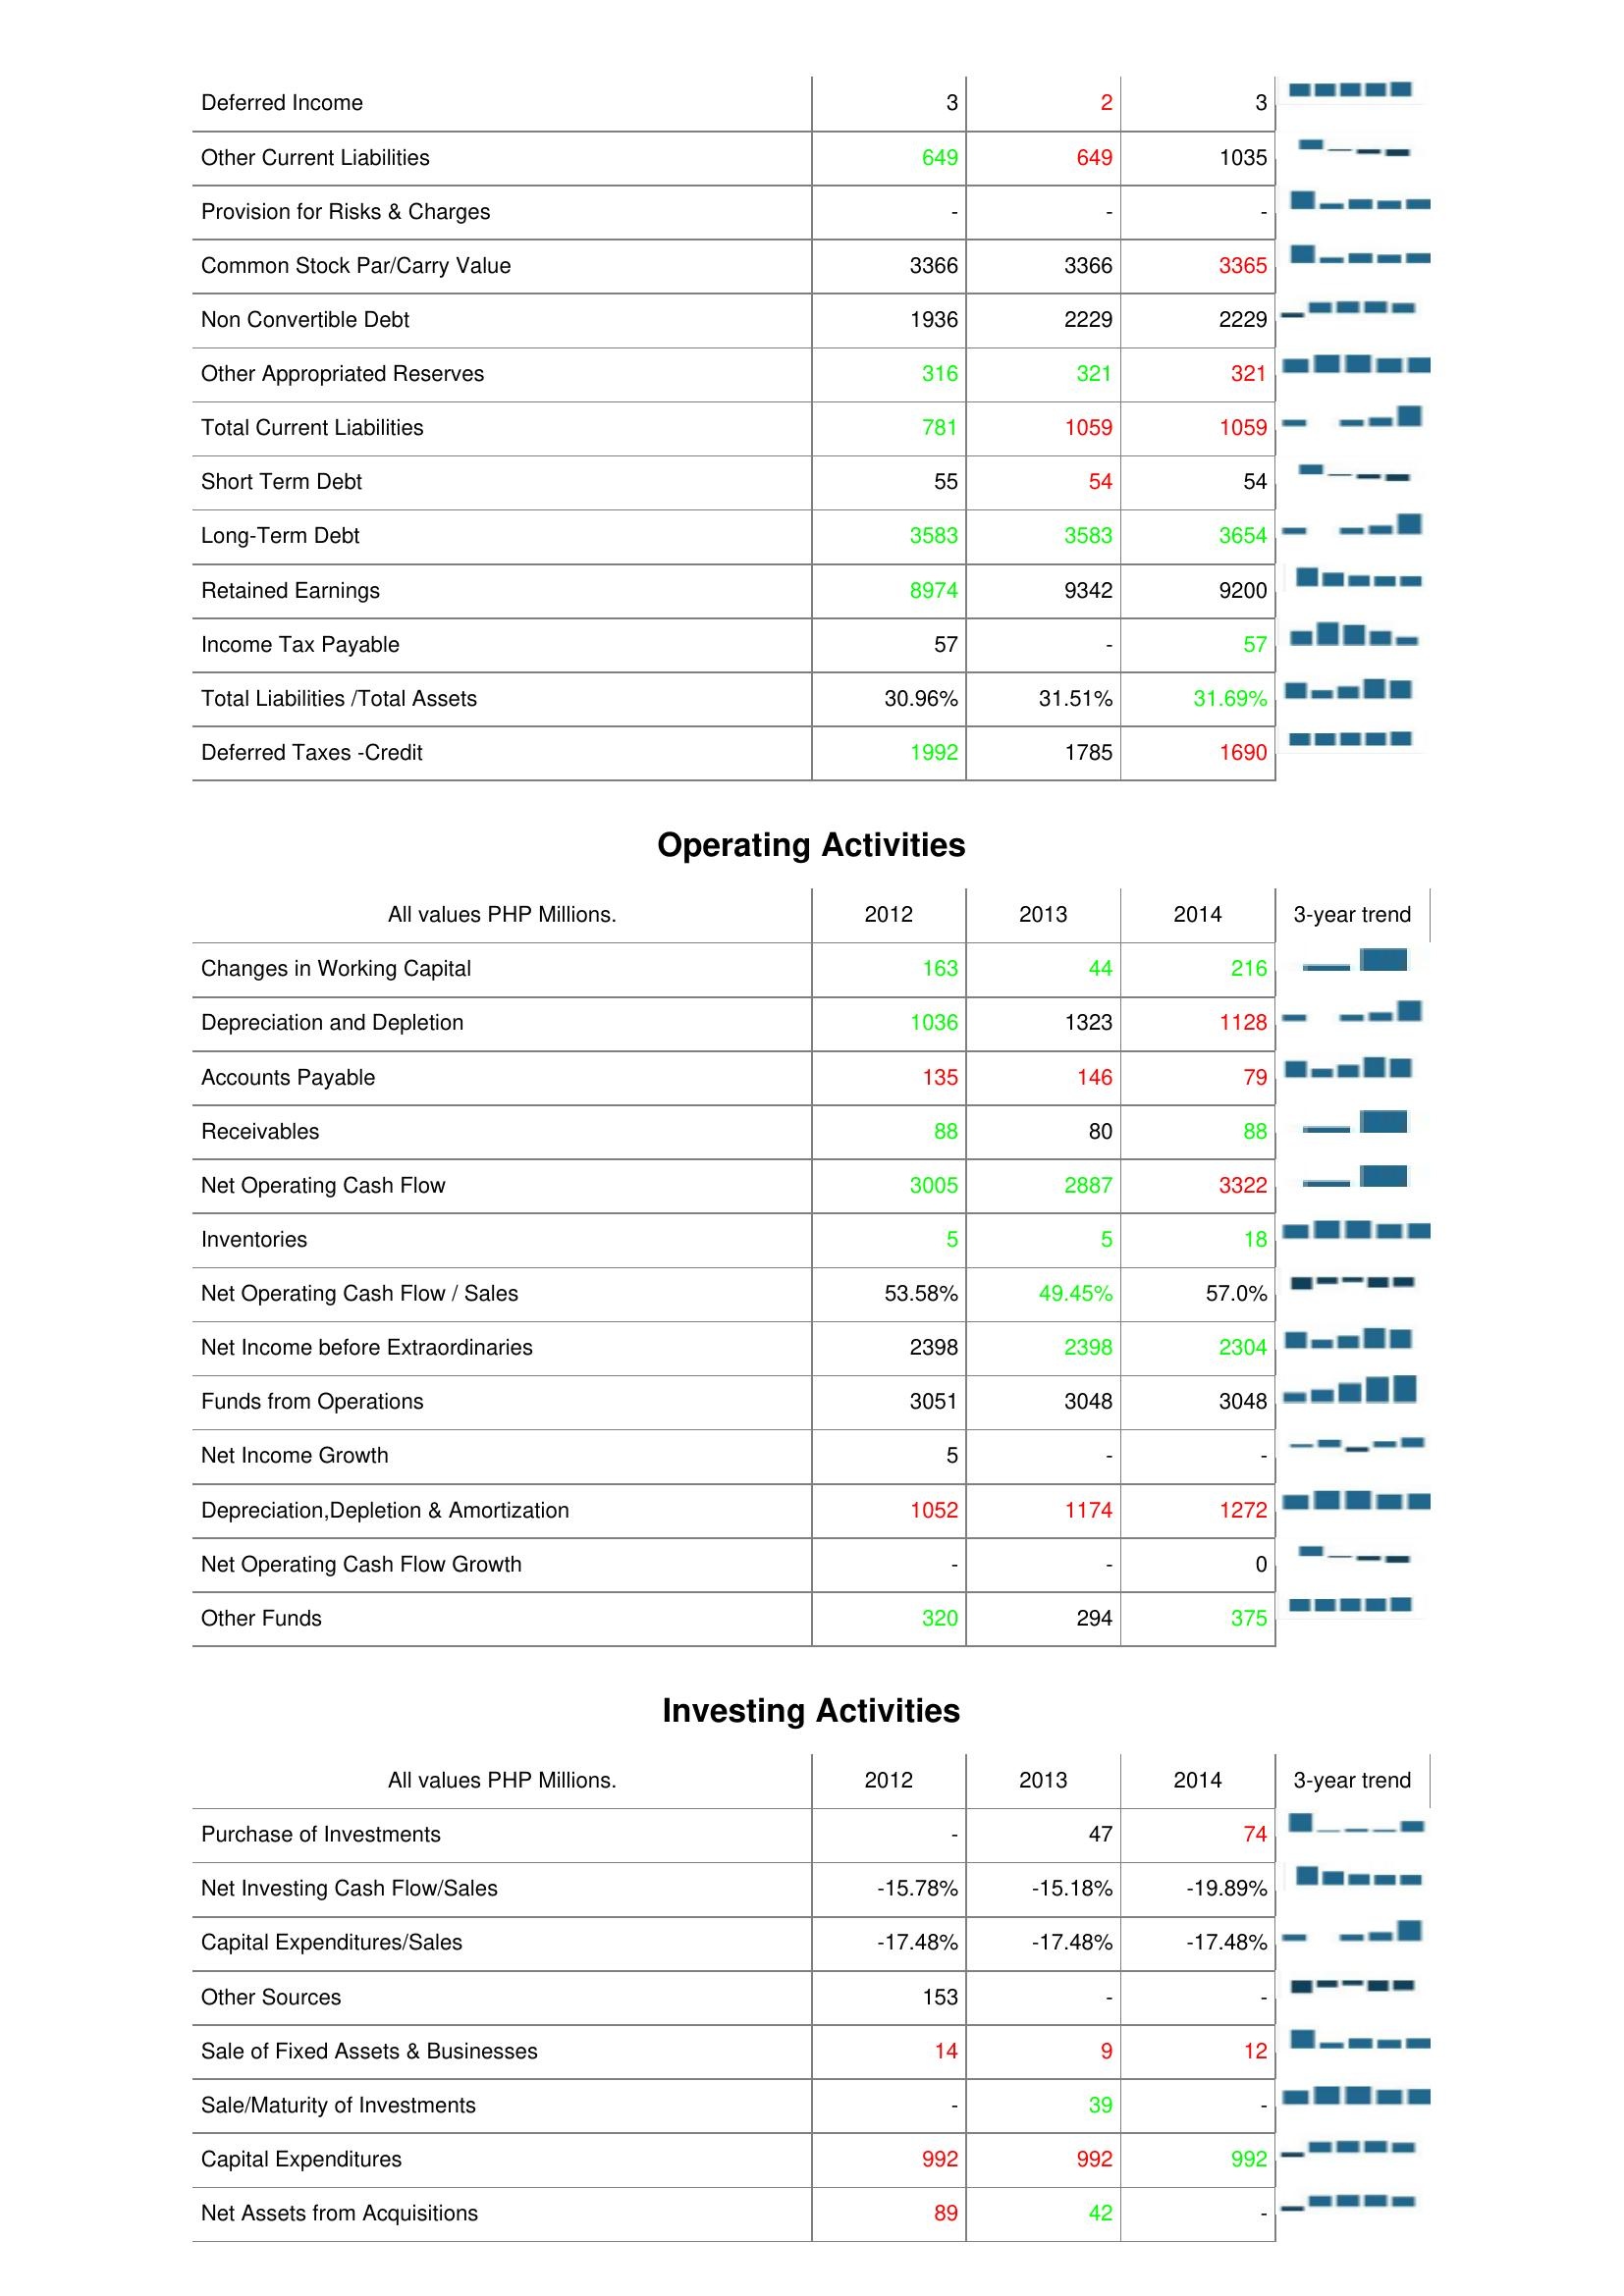
2012: Liabilities & Shareholder's Equity: Deferred Income: 3
Other Current Liabilities: 649
Provision for Risks & Charges: -
Common Stock Par/Carry Value: 3366
Non Convertible Debt: 1936
Other Appropriated Reserves: 316
Total Current Liabilities: 781
Short Term Debt: 55
Long-Term Debt: 3583
Retained Earnings: 8974
Income Tax Payable: 57
Total Liabilities /Total Assets: 30.96%
Deferred Taxes -Credit: 1992
Operating Activities: Changes in Working Capital: 163
Depreciation and Depletion: 1036
Accounts Payable: 135
Receivables: 88
Net Operating Cash Flow: 3005
Inventories: 5
Net Operating Cash Flow / Sales: 53.58%
Net Income before Extraordinaries: 2398
Funds from Operations: 3051
Net Income Growth: 5
Depreciation,Depletion & Amortization: 1052
Net Operating Cash Flow Growth: -
Other Funds: 320
Investing Activities: Purchase of Investments: -
Net Investing Cash Flow/Sales: -15.78%
Capital Expenditures/Sales: -17.48%
Other Sources: 153
Sale of Fixed Assets & Businesses: 14
Sale/Maturity of Investments: -
Capital Expenditures: 992
Net Assets from Acquisitions: 89
2013: Liabilities & Shareholder's Equity: Deferred Income: 2
Other Current Liabilities: 649
Provision for Risks & Charges: -
Common Stock Par/Carry Value: 3366
Non Convertible Debt: 2229
Other Appropriated Reserves: 321
Total Current Liabilities: 1059
Short Term Debt: 54
Long-Term Debt: 3583
Retained Earnings: 9342
Income Tax Payable: -
Total Liabilities /Total Assets: 31.51%
Deferred Taxes -Credit: 1785
Operating Activities: Changes in Working Capital: 44
Depreciation and Depletion: 1323
Accounts Payable: 146
Receivables: 80
Net Operating Cash Flow: 2887
Inventories: 5
Net Operating Cash Flow / Sales: 49.45%
Net Income before Extraordinaries: 2398
Funds from Operations: 3048
Net Income Growth: -
Depreciation,Depletion & Amortization: 1174
Net Operating Cash Flow Growth: -
Other Funds: 294
Investing Activities: Purchase of Investments: 47
Net Investing Cash Flow/Sales: -15.18%
Capital Expenditures/Sales: -17.48%
Other Sources: -
Sale of Fixed Assets & Businesses: 9
Sale/Maturity of Investments: 39
Capital Expenditures: 992
Net Assets from Acquisitions: 42
2014: Liabilities & Shareholder's Equity: Deferred Income: 3
Other Current Liabilities: 1035
Provision for Risks & Charges: -
Common Stock Par/Carry Value: 3365
Non Convertible Debt: 2229
Other Appropriated Reserves: 321
Total Current Liabilities: 1059
Short Term Debt: 54
Long-Term Debt: 3654
Retained Earnings: 9200
Income Tax Payable: 57
Total Liabilities /Total Assets: 31.69%
Deferred Taxes -Credit: 1690
Operating Activities: Changes in Working Capital: 216
Depreciation and Depletion: 1128
Accounts Payable: 79
Receivables: 88
Net Operating Cash Flow: 3322
Inventories: 18
Net Operating Cash Flow / Sales: 57.0%
Net Income before Extraordinaries: 2304
Funds from Operations: 3048
Net Income Growth: -
Depreciation,Depletion & Amortization: 1272
Net Operating Cash Flow Growth: 0
Other Funds: 375
Investing Activities: Purchase of Investments: 74
Net Investing Cash Flow/Sales: -19.89%
Capital Expenditures/Sales: -17.48%
Other Sources: -
Sale of Fixed Assets & Businesses: 12
Sale/Maturity of Investments: -
Capital Expenditures: 992
Net Assets from Acquisitions: -